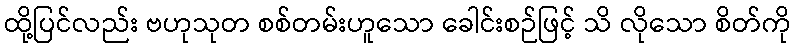
ထို့ပြင်လည်း ဗဟုသုတ စစ်တမ်းဟူသော ခေါင်းစဉ်ဖြင့် သိ လိုသော စိတ်ကို